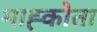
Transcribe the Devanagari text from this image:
माह्कोता